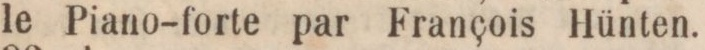
le Piano-forte par François Hünten.